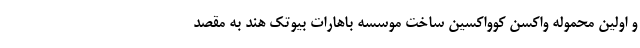
و اولین محموله واکسن کوواکسین ساخت موسسه باهارات بیوتک هند به مقصد